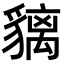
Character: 𧴁